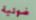
ضوئية